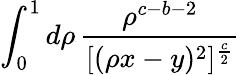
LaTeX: \int_{0}^{1}d\rho\, \frac{\rho^{c-b-2}}{[(\rho x-y)^{2}]^{\frac{c}{2}}}